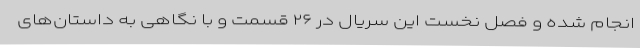
انجام شده و فصل نخست این سریال در ۲۶ قسمت و با نگاهی به داستان‌های